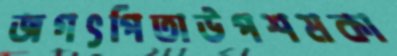
জগৎপিতাউপশমকা